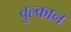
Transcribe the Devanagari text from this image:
वुल्कान